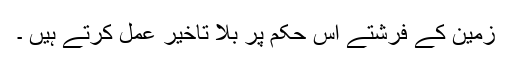
زمین کے فرشتے اس حکم پر بلا تاخیر عمل کرتے ہیں ۔